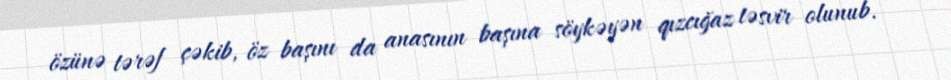
özünə tərəf çəkib, öz başını da anasının başına söykəyən qızcığaz təsvir olunub.